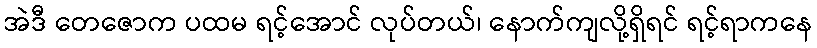
အဲဒီ တေဇောက ပထမ ရင့်အောင် လုပ်တယ်၊ နောက်ကျလို့ရှိရင် ရင့်ရာကနေ